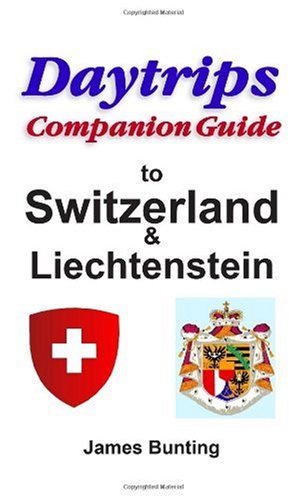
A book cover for Daytrips Companion Guide Switzerland and Liechtenstein; James Bunting; Travel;